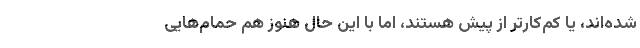
شده‌اند، یا کم‌کار‌‌تر از پیش هستند، اما با این حال هنوز هم حمام‌هایی